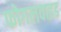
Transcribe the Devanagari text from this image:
फोगलवाइड